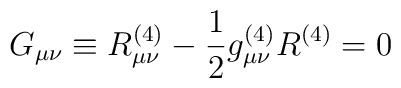
G_{\mu\nu} \equiv R_{\mu\nu}^{(4)} - {1 \over 2} g^{(4)}_{\mu\nu}R^{(4)}=0